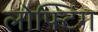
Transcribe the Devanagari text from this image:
लोफ्टिंग